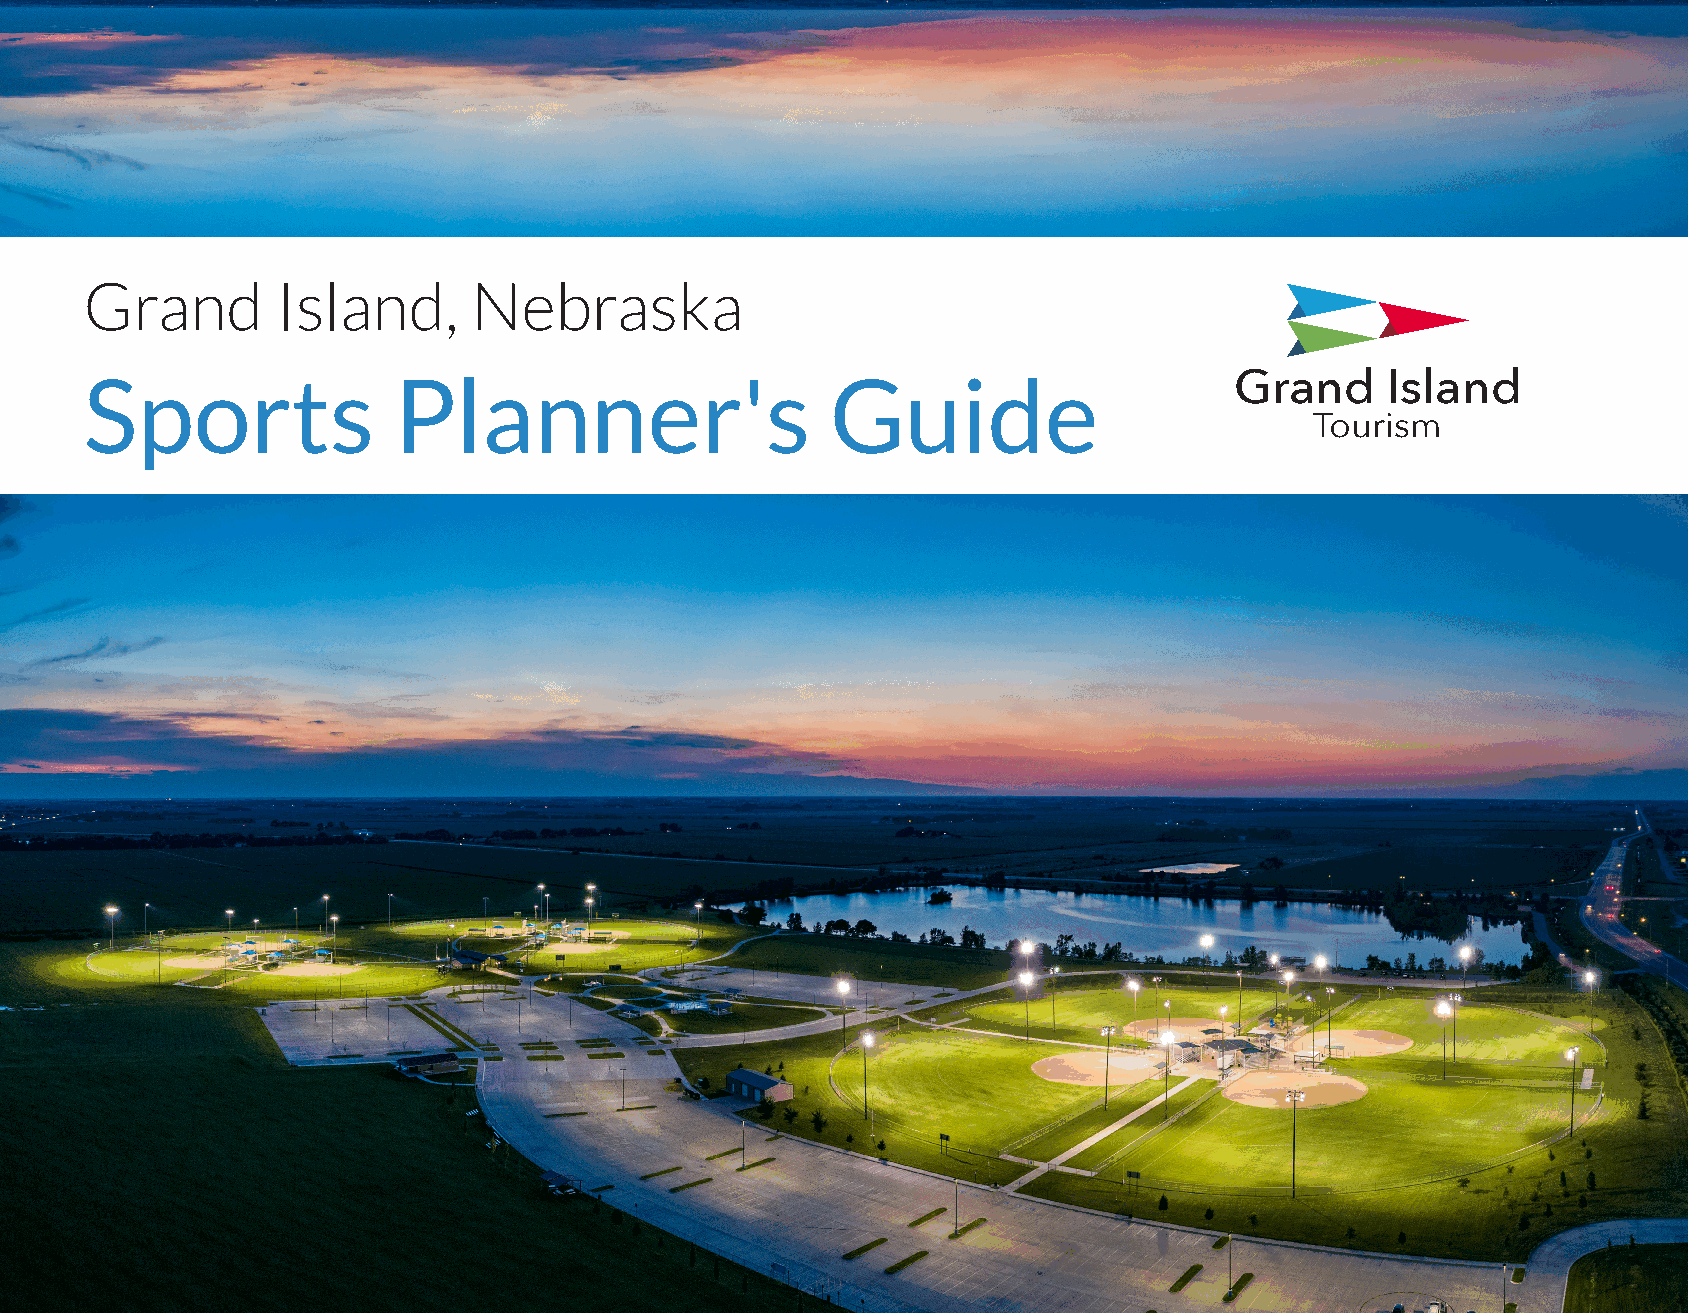
Grand       Island,      Nebraska
 Sports              Planner's                    Guide
 Grand     Island
 Tourism